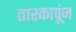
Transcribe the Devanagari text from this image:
तारकापूंज